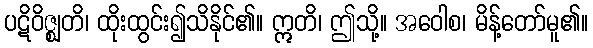
ပဋိဝိဇ္ဈတိ၊ ထိုးထွင်း၍သိနိုင်၏။ ဣတိ၊ ဤသို့။ အဝေါစ၊ မိန့်တော်မူ၏။